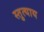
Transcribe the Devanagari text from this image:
स्तुत्याय